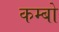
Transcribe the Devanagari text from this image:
कम्बो